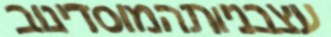
עצבניותהמוסדינוב